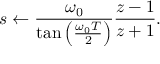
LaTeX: s \leftarrow { \frac { \omega _ { 0 } } { \tan \left( { \frac { \omega _ { 0 } T } { 2 } } \right) } } { \frac { z - 1 } { z + 1 } } .